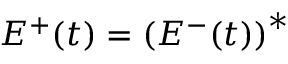
E ^ { + } ( t ) = \left( E ^ { - } ( t ) \right) ^ { * }